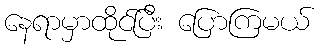
နေရာမှာထိုင်ပြီး ပြောကြမယ်